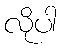
လိုပါ